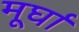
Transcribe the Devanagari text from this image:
मूर्घा